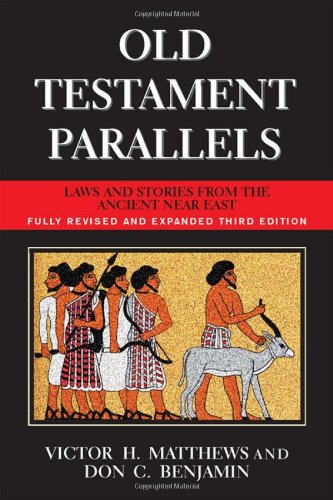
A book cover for Old Testament Parallels (New Revised and Expanded Third Edition): Laws and Stories from the Ancient Near East; Victor Harold Matthews; Law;